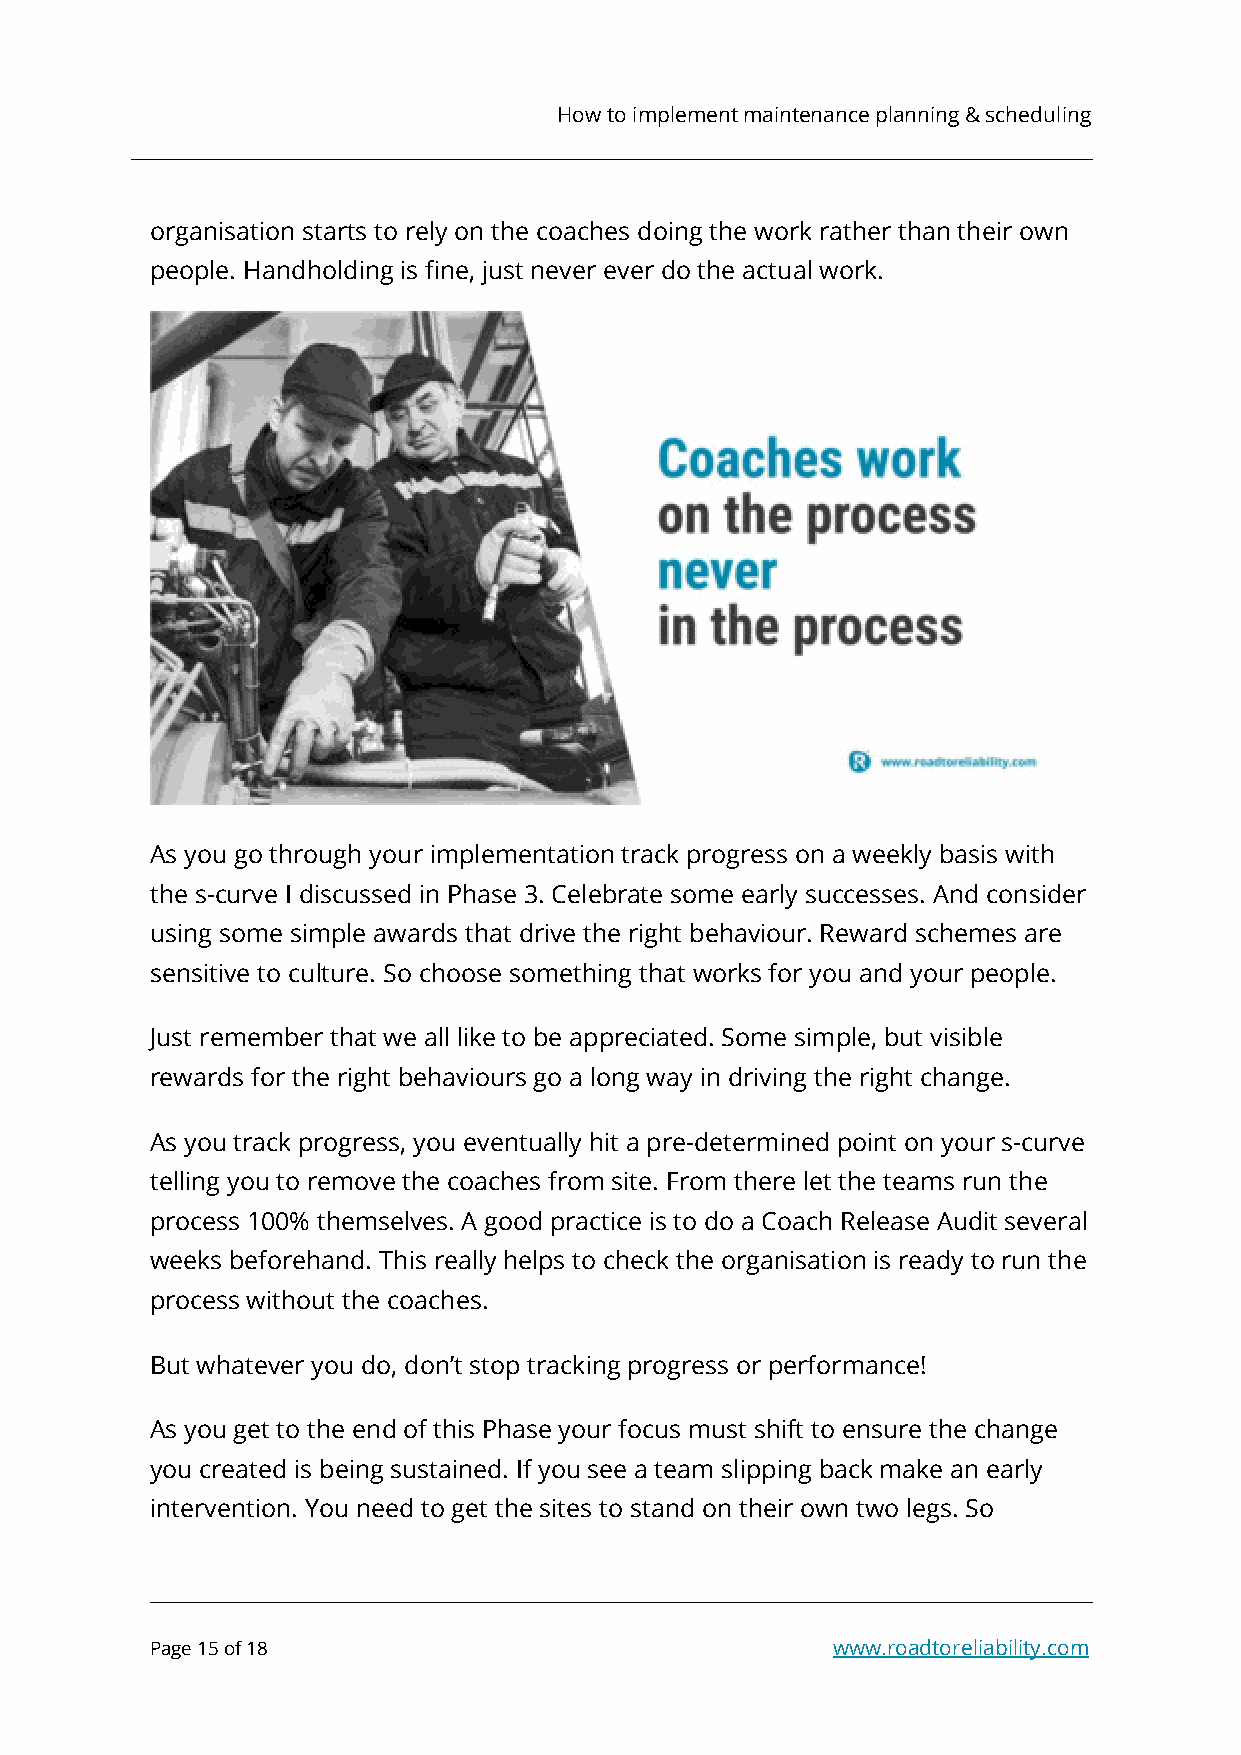
How to implement maintenance planning & scheduling
 organisation starts to rely on the coaches doing the work rather than their own
 people. Handholding is fine, just never ever do the actual work.
 As you go through your implementation track progress on a weekly basis with
 the s-curve I discussed in Phase 3. Celebrate some early successes. And consider
 using some simple awards that drive the right behaviour. Reward schemes are
 sensitive to culture. So choose something that works for you and your people.
 Just remember that we all like to be appreciated. Some simple, but visible
 rewards for the right behaviours go a long way in driving the right change.
 As you track progress, you eventually hit a pre-determined point on your s-curve
 telling you to remove the coaches from site. From there let the teams run the
 process 100% themselves. A good practice is to do a Coach Release Audit several
 weeks beforehand. This really helps to check the organisation is ready to run the
 process without the coaches.
 But whatever you do, don’t stop tracking progress or performance!
 As you get to the end of this Phase your focus must shift to ensure the change
 you created is being sustained. If you see a team slipping back make an early
 intervention. You need to get the sites to stand on their own two legs. So
 Page 15 of 18                                www.roadtoreliability.com